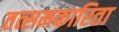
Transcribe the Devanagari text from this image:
तत्समकारिता